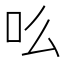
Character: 䶸